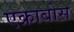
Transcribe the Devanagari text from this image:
एक्राबोस